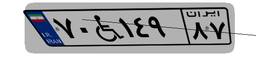
۷۰W۱۴۹۸۷